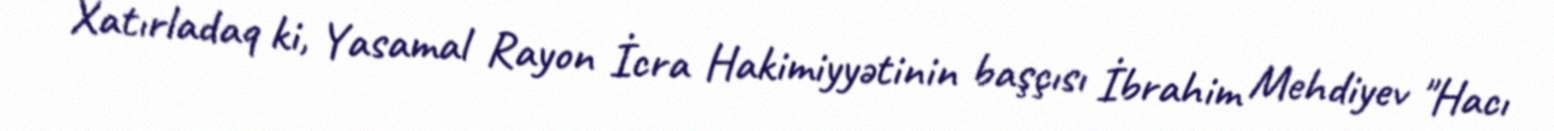
Xatırladaq ki, Yasamal Rayon İcra Hakimiyyətinin başçısı İbrahim Mehdiyev "Hacı